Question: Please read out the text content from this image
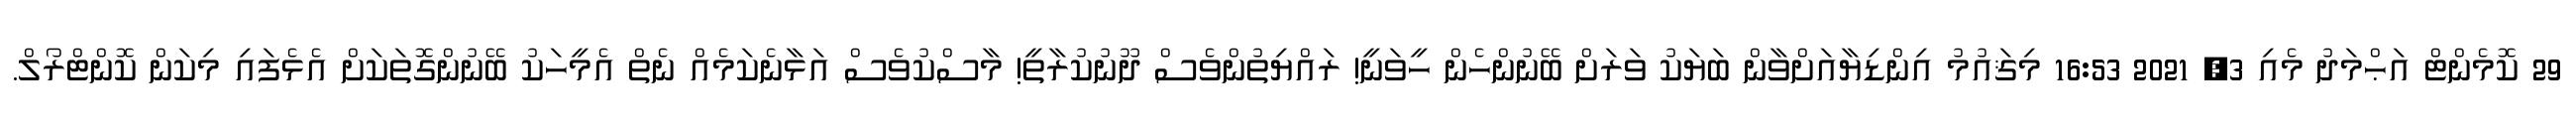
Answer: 29 ކޮމެންޓް އަޙްމަދު މެއި 3, 2021 16:53 މިޤައުމު އިންޑިޔާއަށްވާން ބަޔަކު ވަރަށް ބޭނުންހެން ހީވަނީ! ރައްޔިތުންވެސް ދޫނުކުރާތީ! މާސްކުވެސް އަޅާނެކަމެއް ނެތް އެމީހަކު ބޭނުންގޮތަކަށް އެޅެފައި މިކަން ކޮންޓްރޯލް.